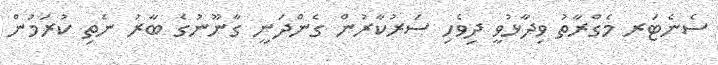
ސެނެޓަރ މެގްރާތު ވިދާޅުވީ ދިވެހި ސަރުކާރުން ގެންދަނީ ގާނޫނުގެ ބާރު ނެތި ކުރަމުން